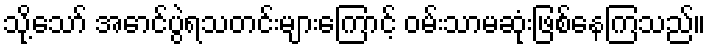
သို့သော် အောင်ပွဲရသတင်းများကြောင့် ဝမ်းသာမဆုံးဖြစ်နေကြသည်။